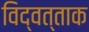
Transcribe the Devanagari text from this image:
विद्वत्ताक